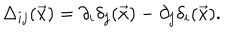
\Delta _ { i j } ( \vec { x } ) = \partial _ { i } \delta _ { j } ( \vec { x } ) - \partial _ { j } \delta _ { i } ( \vec { x } ) .